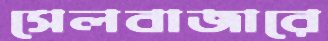
সেলবাজারে